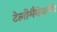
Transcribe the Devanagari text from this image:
टेलीमैनेजमेंट